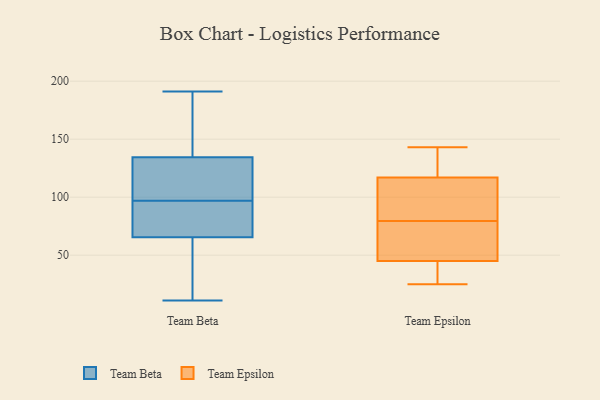
{"axis": {"x": "Latency (ms)", "y": "Value"}, "legend": ["Team Beta", "Team Epsilon"], "data": [{"x": "", "y": 81, "type": "Team Beta"}, {"x": "", "y": 70, "type": "Team Beta"}, {"x": "", "y": 127, "type": "Team Beta"}, {"x": "", "y": 191, "type": "Team Beta"}, {"x": "", "y": 98, "type": "Team Beta"}, {"x": "", "y": 120, "type": "Team Beta"}, {"x": "", "y": 80, "type": "Team Beta"}, {"x": "", "y": 52, "type": "Team Beta"}, {"x": "", "y": 27, "type": "Team Beta"}, {"x": "", "y": 44, "type": "Team Beta"}, {"x": "", "y": 97, "type": "Team Beta"}, {"x": "", "y": 169, "type": "Team Beta"}, {"x": "", "y": 11, "type": "Team Beta"}, {"x": "", "y": 176, "type": "Team Beta"}, {"x": "", "y": 94, "type": "Team Beta"}, {"x": "", "y": 157, "type": "Team Beta"}, {"x": "", "y": 97, "type": "Team Beta"}, {"x": "", "y": 93, "type": "Team Epsilon"}, {"x": "", "y": 117, "type": "Team Epsilon"}, {"x": "", "y": 30, "type": "Team Epsilon"}, {"x": "", "y": 133, "type": "Team Epsilon"}, {"x": "", "y": 25, "type": "Team Epsilon"}, {"x": "", "y": 45, "type": "Team Epsilon"}, {"x": "", "y": 66, "type": "Team Epsilon"}, {"x": "", "y": 43, "type": "Team Epsilon"}, {"x": "", "y": 96, "type": "Team Epsilon"}, {"x": "", "y": 100, "type": "Team Epsilon"}, {"x": "", "y": 143, "type": "Team Epsilon"}, {"x": "", "y": 54, "type": "Team Epsilon"}, {"x": "", "y": 140, "type": "Team Epsilon"}, {"x": "", "y": 60, "type": "Team Epsilon"}]}